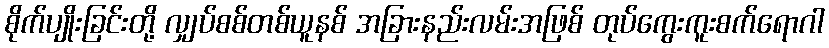
စိုက်ပျိုးခြင်းတို့ လျှပ်စစ်တစ်ယူနစ် အခြားနည်းလမ်းအဖြစ် တုပ်ကွေးကူးစက်ရောဂါ